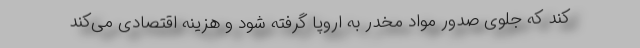
کند که جلوی صدور مواد مخدر به اروپا گرفته شود و هزینه اقتصادی می‌کند